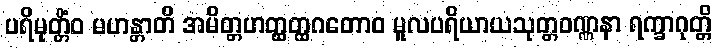
ပရိမုတ္တိံဝ မဟန္တာတိ အမိတ္တဟတ္ထတ္ထဂတောဝ မူလပရိယာယသုတ္တဝဏ္ဏနာ ရက္ခာဂုတ္တိ